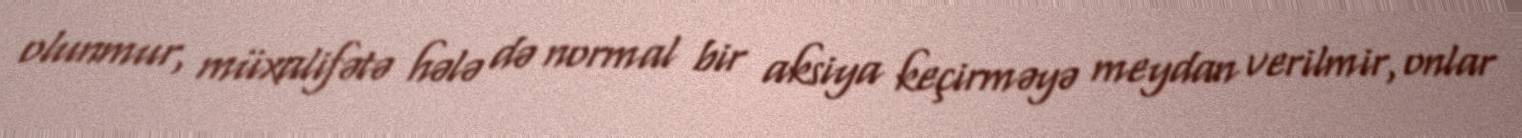
olunmur, müxalifətə hələ də normal bir aksiya keçirməyə meydan verilmir, onlar